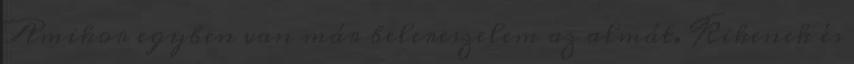
Amikor egyben van már belereszelem az almát. Kikenek és